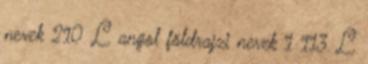
nevek‎ 210 L angol földrajzi nevek‎ 1 113 L